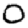
Digit: 0